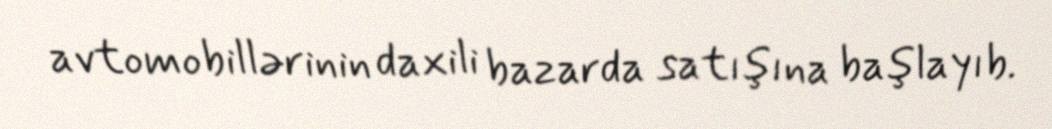
avtomobillərinin daxili bazarda satışına başlayıb.